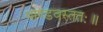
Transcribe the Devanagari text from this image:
पाण्डवस्ततः॥